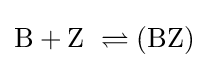
{{\text{B}}{}+{}\mathrm {Z} ~\rightleftharpoons (\mathrm {BZ} )}